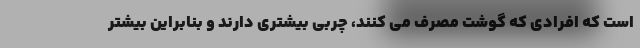
است که افرادی که گوشت مصرف می کنند، چربی بیشتری دارند و بنابراین بیشتر